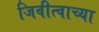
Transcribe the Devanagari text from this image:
जिवीत्वाच्या